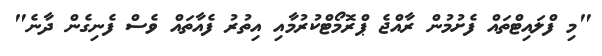
"މި ފްލައިޓްތައް ފެށުމުން ރާއްޖެ ޕްރޮމޯޓްކުރުމާއި އިތުރު ފެއާތައް ވެސް ފެނިގެން ދާނެ"